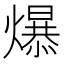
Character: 𪹼